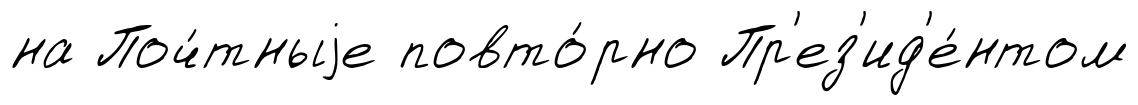
на Поч́тныjе повто́рно Пр'ез'ид'е́нтом